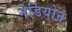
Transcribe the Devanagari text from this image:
नेडियोन